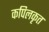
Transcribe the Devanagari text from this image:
कपिलकृत